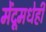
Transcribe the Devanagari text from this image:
मेंदूमधेही